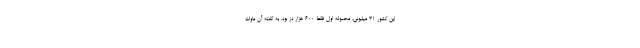
این کشور ۳۱ میلیونی، محموله اول فقط ۶۰۰ هزار دز بود. به گفته آن ماوات